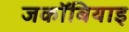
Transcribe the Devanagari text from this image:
जकॉबियाइ